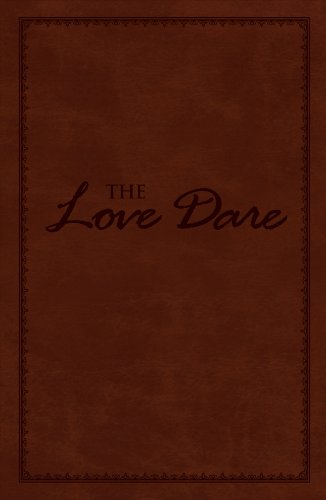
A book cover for The Love Dare, LeatherTouch; Alex Kendrick; Christian Books & Bibles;